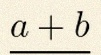
\frac{a+b}{c+d}